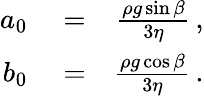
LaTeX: \begin{array}{rlr}{a_{0}}&{{}=}&{\frac{\rho g\sin\beta}{3\eta}\, ,}\\ {b_{0}}&{{}=}&{\frac{\rho g\cos\beta}{3\eta}\, .}\end{array}